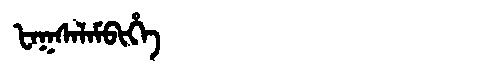
Manchu: ᡶᠠᡴᠰᠠᠯᠠᠮᠪᡳᡥᡝ
Romanization: FAKSALAMBIHE